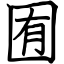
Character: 囿